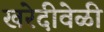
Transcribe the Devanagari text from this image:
खरेदीवेळी